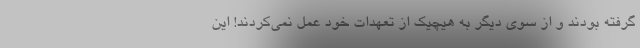
گرفته بودند و از سوی دیگر به هیچیک از تعهدات خود عمل نمی‌کردند! این